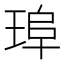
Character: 𤦞